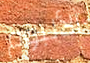
الألبوم